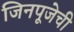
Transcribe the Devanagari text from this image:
जिनपूजेची